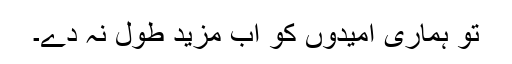
تو ہماری امیدوں کو اب مزید طول نہ دے۔